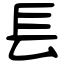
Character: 镸